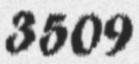
3509